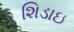
શિડાઇ